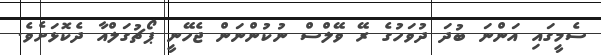
ސެމީގައި އަންނަ ބުދަ ދުވަހުގެ ރޭ ވޭލްސް ނުކުންނަން ޖެހޭނީ ޕޯޗުގަލްއާ ދެކޮޅަށެވެ.